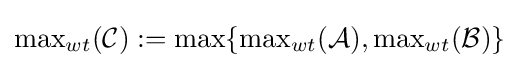
{\max }_{wt}({\mathcal {C}}):=\max\{{\max }_{wt}({\mathcal {A}}),{\max }_{wt}({\mathcal {B}})\}